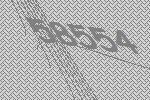
58554